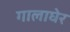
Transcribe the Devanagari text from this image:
गालाघेर